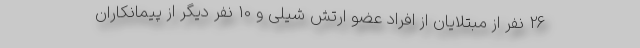
26 نفر از مبتلایان از افراد عضو ارتش شیلی و 10 نفر دیگر از پیمانکاران